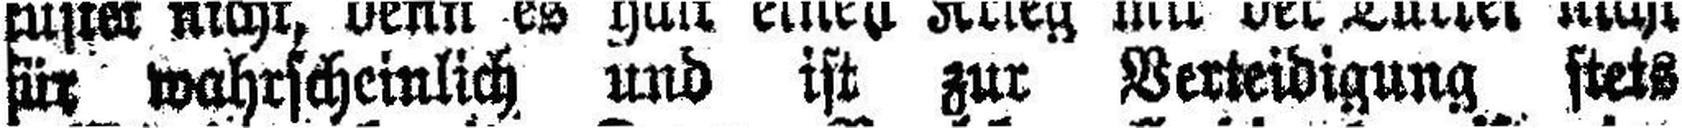
für wahrscheinlich und ist zur Verteidigung stets